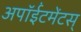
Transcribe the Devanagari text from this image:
अपॉईंटमेंटस्